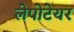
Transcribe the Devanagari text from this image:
लेपोटेयर